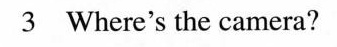
3 Where's the camera?